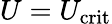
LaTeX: U=U_{\mathrm{crit}}